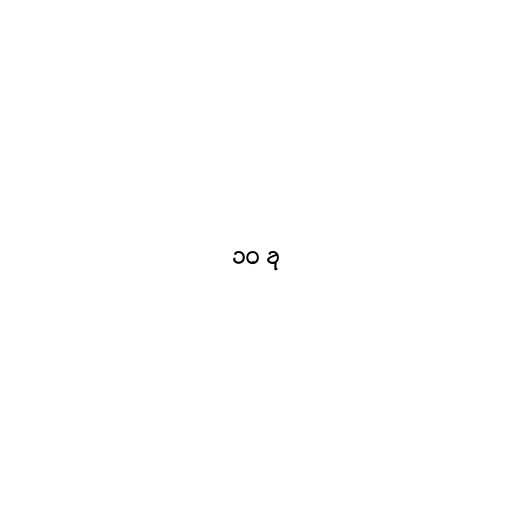
၁၀ ခု